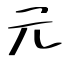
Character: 元